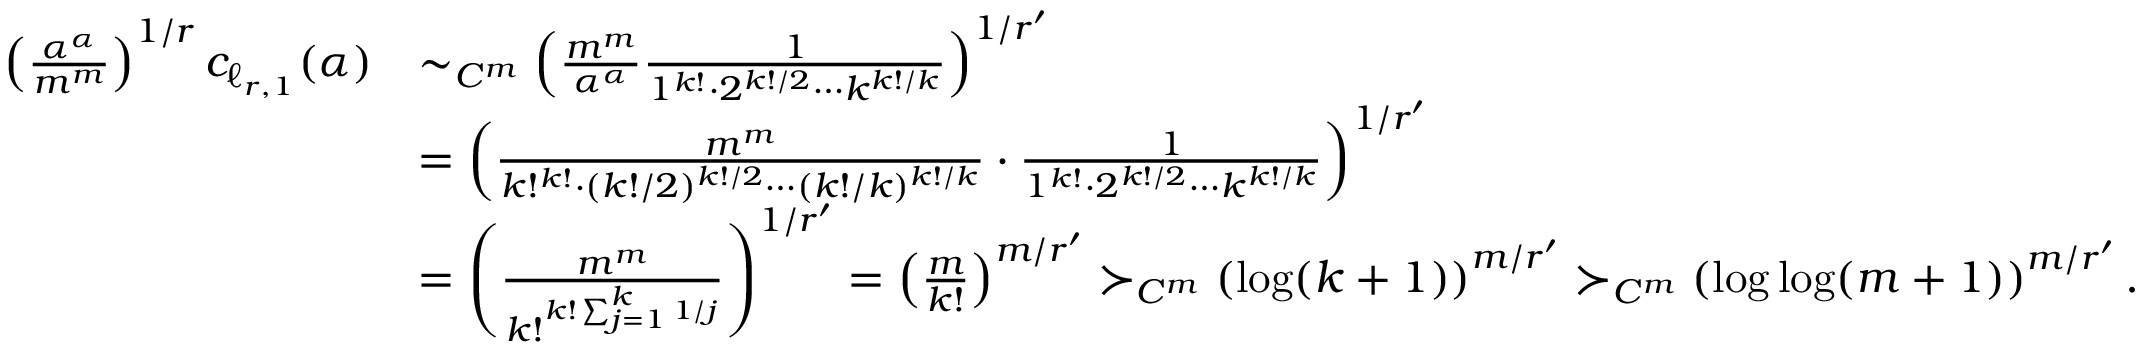
\begin{array} { r l } { \left( \frac { \alpha ^ { \alpha } } { m ^ { m } } \right) ^ { 1 / r } c _ { \ell _ { r , 1 } } ( \alpha ) } & { \sim _ { C ^ { m } } \left( \frac { m ^ { m } } { \alpha ^ { \alpha } } \frac { 1 } { 1 ^ { k ! } \cdot 2 ^ { k ! / 2 } \cdots k ^ { k ! / k } } \right) ^ { 1 / r ^ { \prime } } } \\ & { = \left( \frac { m ^ { m } } { k ! ^ { k ! } \cdot ( k ! / 2 ) ^ { k ! / 2 } \cdots ( k ! / k ) ^ { k ! / k } } \cdot \frac { 1 } { 1 ^ { k ! } \cdot 2 ^ { k ! / 2 } \cdots k ^ { k ! / k } } \right) ^ { 1 / r ^ { \prime } } } \\ & { = \left( \frac { m ^ { m } } { k ! ^ { k ! \sum _ { j = 1 } ^ { k } 1 / j } } \right) ^ { 1 / r ^ { \prime } } = \left( \frac { m } { k ! } \right) ^ { m / r ^ { \prime } } \succ _ { C ^ { m } } \left( \log ( k + 1 ) \right) ^ { m / r ^ { \prime } } \succ _ { C ^ { m } } \left( \log \log ( m + 1 ) \right) ^ { m / r ^ { \prime } } . } \end{array}